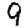
Digit: 9